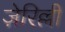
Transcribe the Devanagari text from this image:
ज़ेरिल्ली